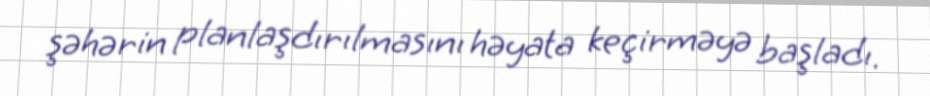
şəhərin planlaşdırılmasını həyata keçirməyə başladı.